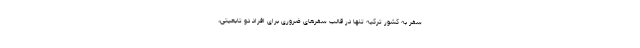
سفر به کشور ترکیه تنها در قالب سفر‌های ضروری برای افراد دو تابعیتی،